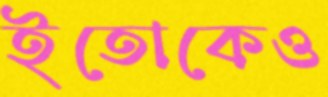
ইতোকেও